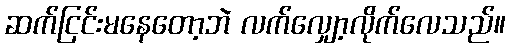
ဆက်ငြင်းမနေတော့ဘဲ လက်လျှော့လိုက်လေသည်။